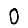
Digit: 0